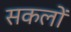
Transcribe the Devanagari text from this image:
सकलों